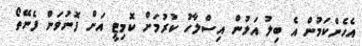
އެހެންކަމުން އެ ބިލު އަލުން އިސްލާހު ކުރުމަށް ކޮމިޓީ އަށް ފޮނުވަން ފެނޭތޯ